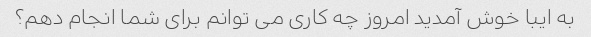
به ایبا خوش آمدید امروز چه کاری می توانم برای شما انجام دهم؟